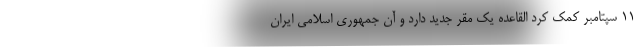
11 سپتامبر کمک کرد القاعده یک مقر جدید دارد و آن جمهوری اسلامی ایران